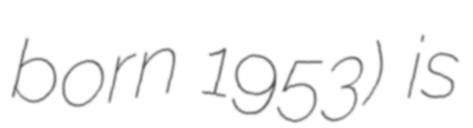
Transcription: born 1953) is